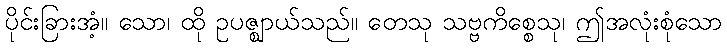
ပိုင်းခြားအံ့။ သော၊ ထို ဥပဇ္ဈာယ်သည်။ တေသု သဗ္ဗကိစ္စေသု၊ ဤအလုံးစုံသော